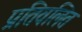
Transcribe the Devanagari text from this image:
प्रतिवलित